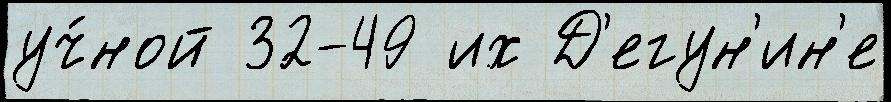
уч́ной 32-49 их Д'егун'ин'е